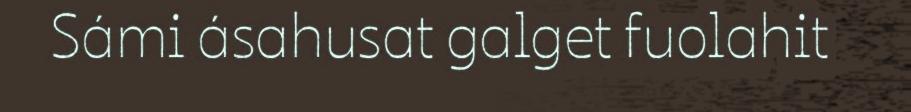
Sámi ásahusat galget fuolahit